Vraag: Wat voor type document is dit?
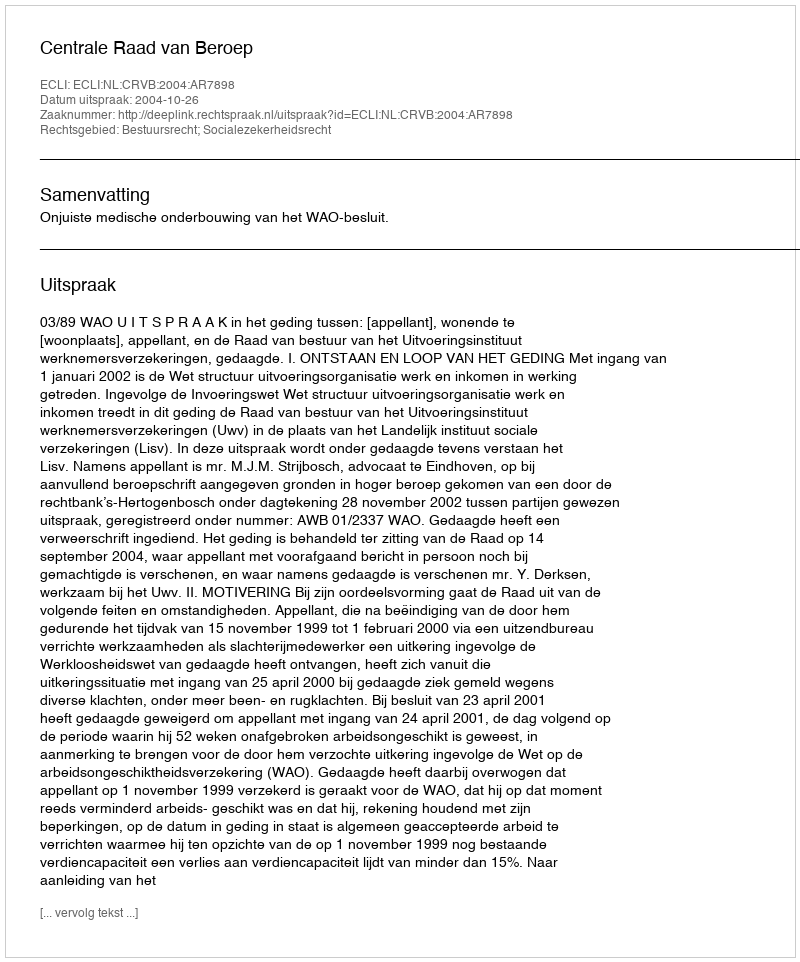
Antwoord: Uitspraak